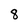
Character: 8